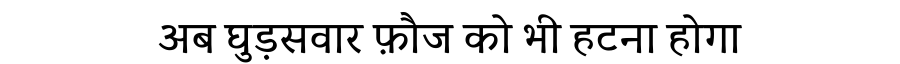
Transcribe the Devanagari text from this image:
अब घुड़सवार फ़ौज को भी हटना होगा